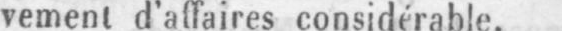
vement d’affaires considérable.